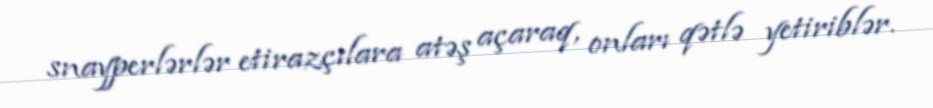
snayperlərlər etirazçılara atəş açaraq, onları qətlə yetiriblər.